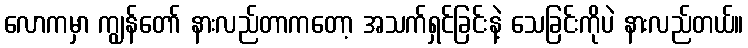
လောကမှာ ကျွန်တော် နားလည်တာကတော့ အသက်ရှင်ခြင်းနဲ့ သေခြင်းကိုပဲ နားလည်တယ်။